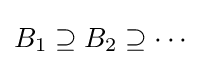
B_{1}\supseteq B_{2}\supseteq \cdots